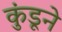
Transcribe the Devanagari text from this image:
कुंडूने